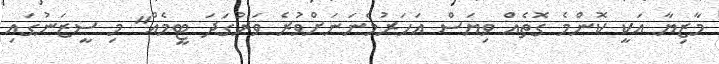
މާޒިޔާ އަކީ ކޮންމެ ގޮތެއް ވިޔަސް އަހަރުމެނަނަށްވުރެ ވަރުގަދަ ޓީމެއް" މި ސީޒަނުގައި